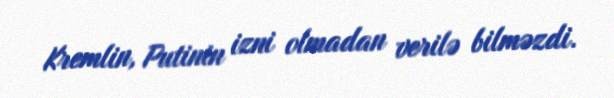
Kremlin, Putinin izni olmadan verilə bilməzdi.